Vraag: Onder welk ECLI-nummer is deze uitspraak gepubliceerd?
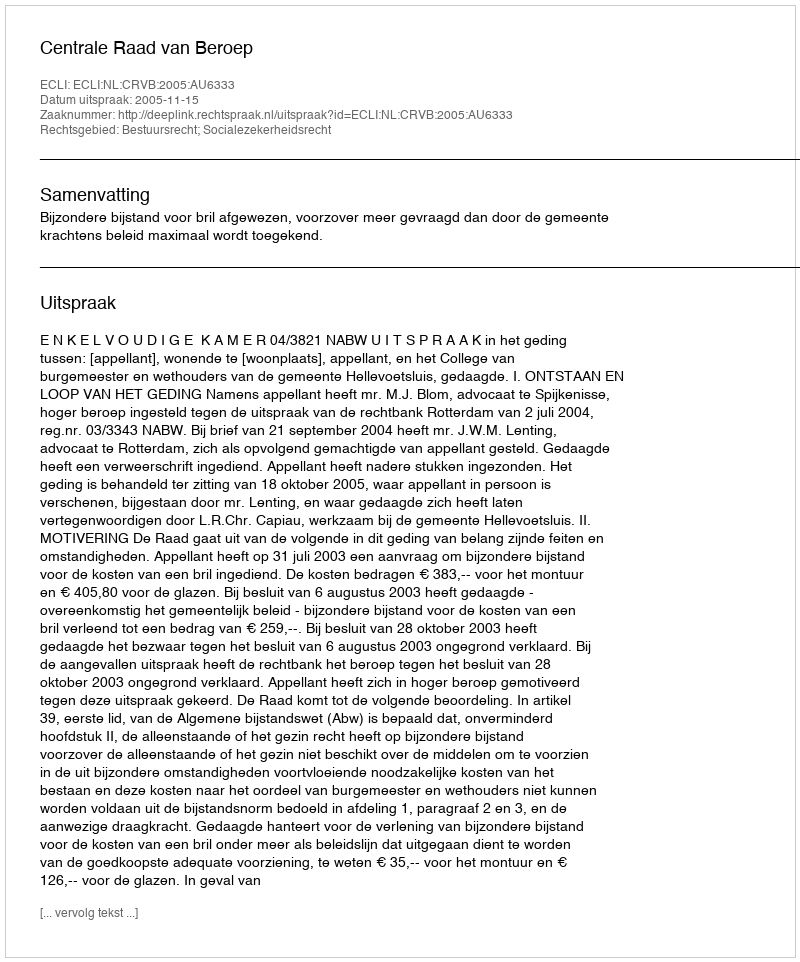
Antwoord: ECLI:NL:CRVB:2005:AU6333